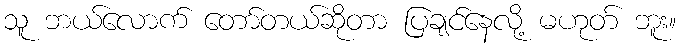
သူ ဘယ်လောက် တော်တယ်ဆိုတာ ပြချင်နေလို့ မဟုတ် ဘူး။